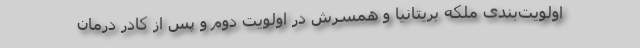
اولویت‌بندی ملکه بریتانیا و همسرش در اولویت دوم و پس از کادر درمان